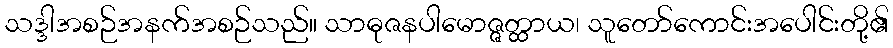
သဒ္ဒါအစဉ်အနက်အစဉ်သည်။ သာဓုဇနပါမောဇ္ဇတ္ထာယ၊ သူတော်ကောင်းအပေါင်းတို့၏